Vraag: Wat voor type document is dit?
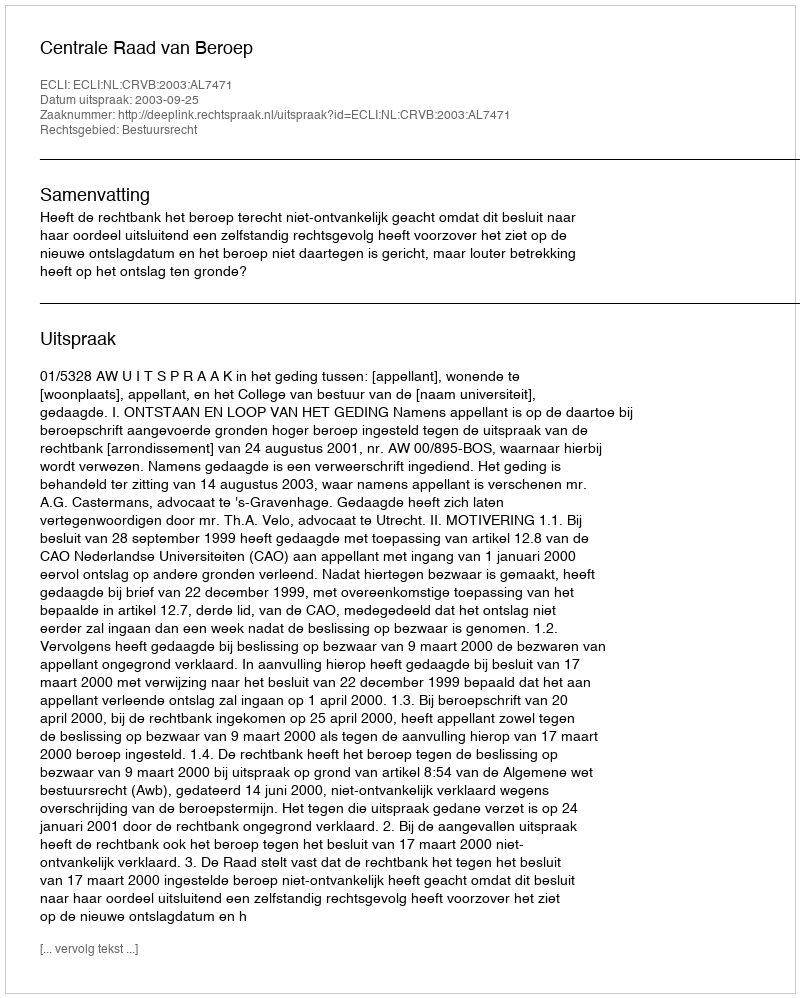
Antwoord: Uitspraak